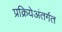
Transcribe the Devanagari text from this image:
प्रक्रियेअंतर्गत